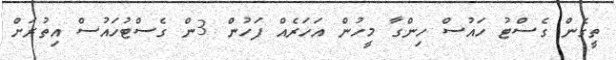
ތީގެން ގެސްޓު ހައުސް ހިންގާ މީހުން އަހަރެއް ފަހުން 3ން ގެސްޓުހައުސް އިތުރަށް